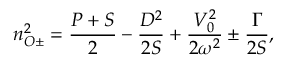
n _ { O \pm } ^ { 2 } = \frac { P + S } { 2 } - \frac { D ^ { 2 } } { 2 S } + \frac { V _ { 0 } ^ { 2 } } { 2 \omega ^ { 2 } } \pm \frac { \Gamma } { 2 S } ,